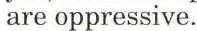
are oppressive.